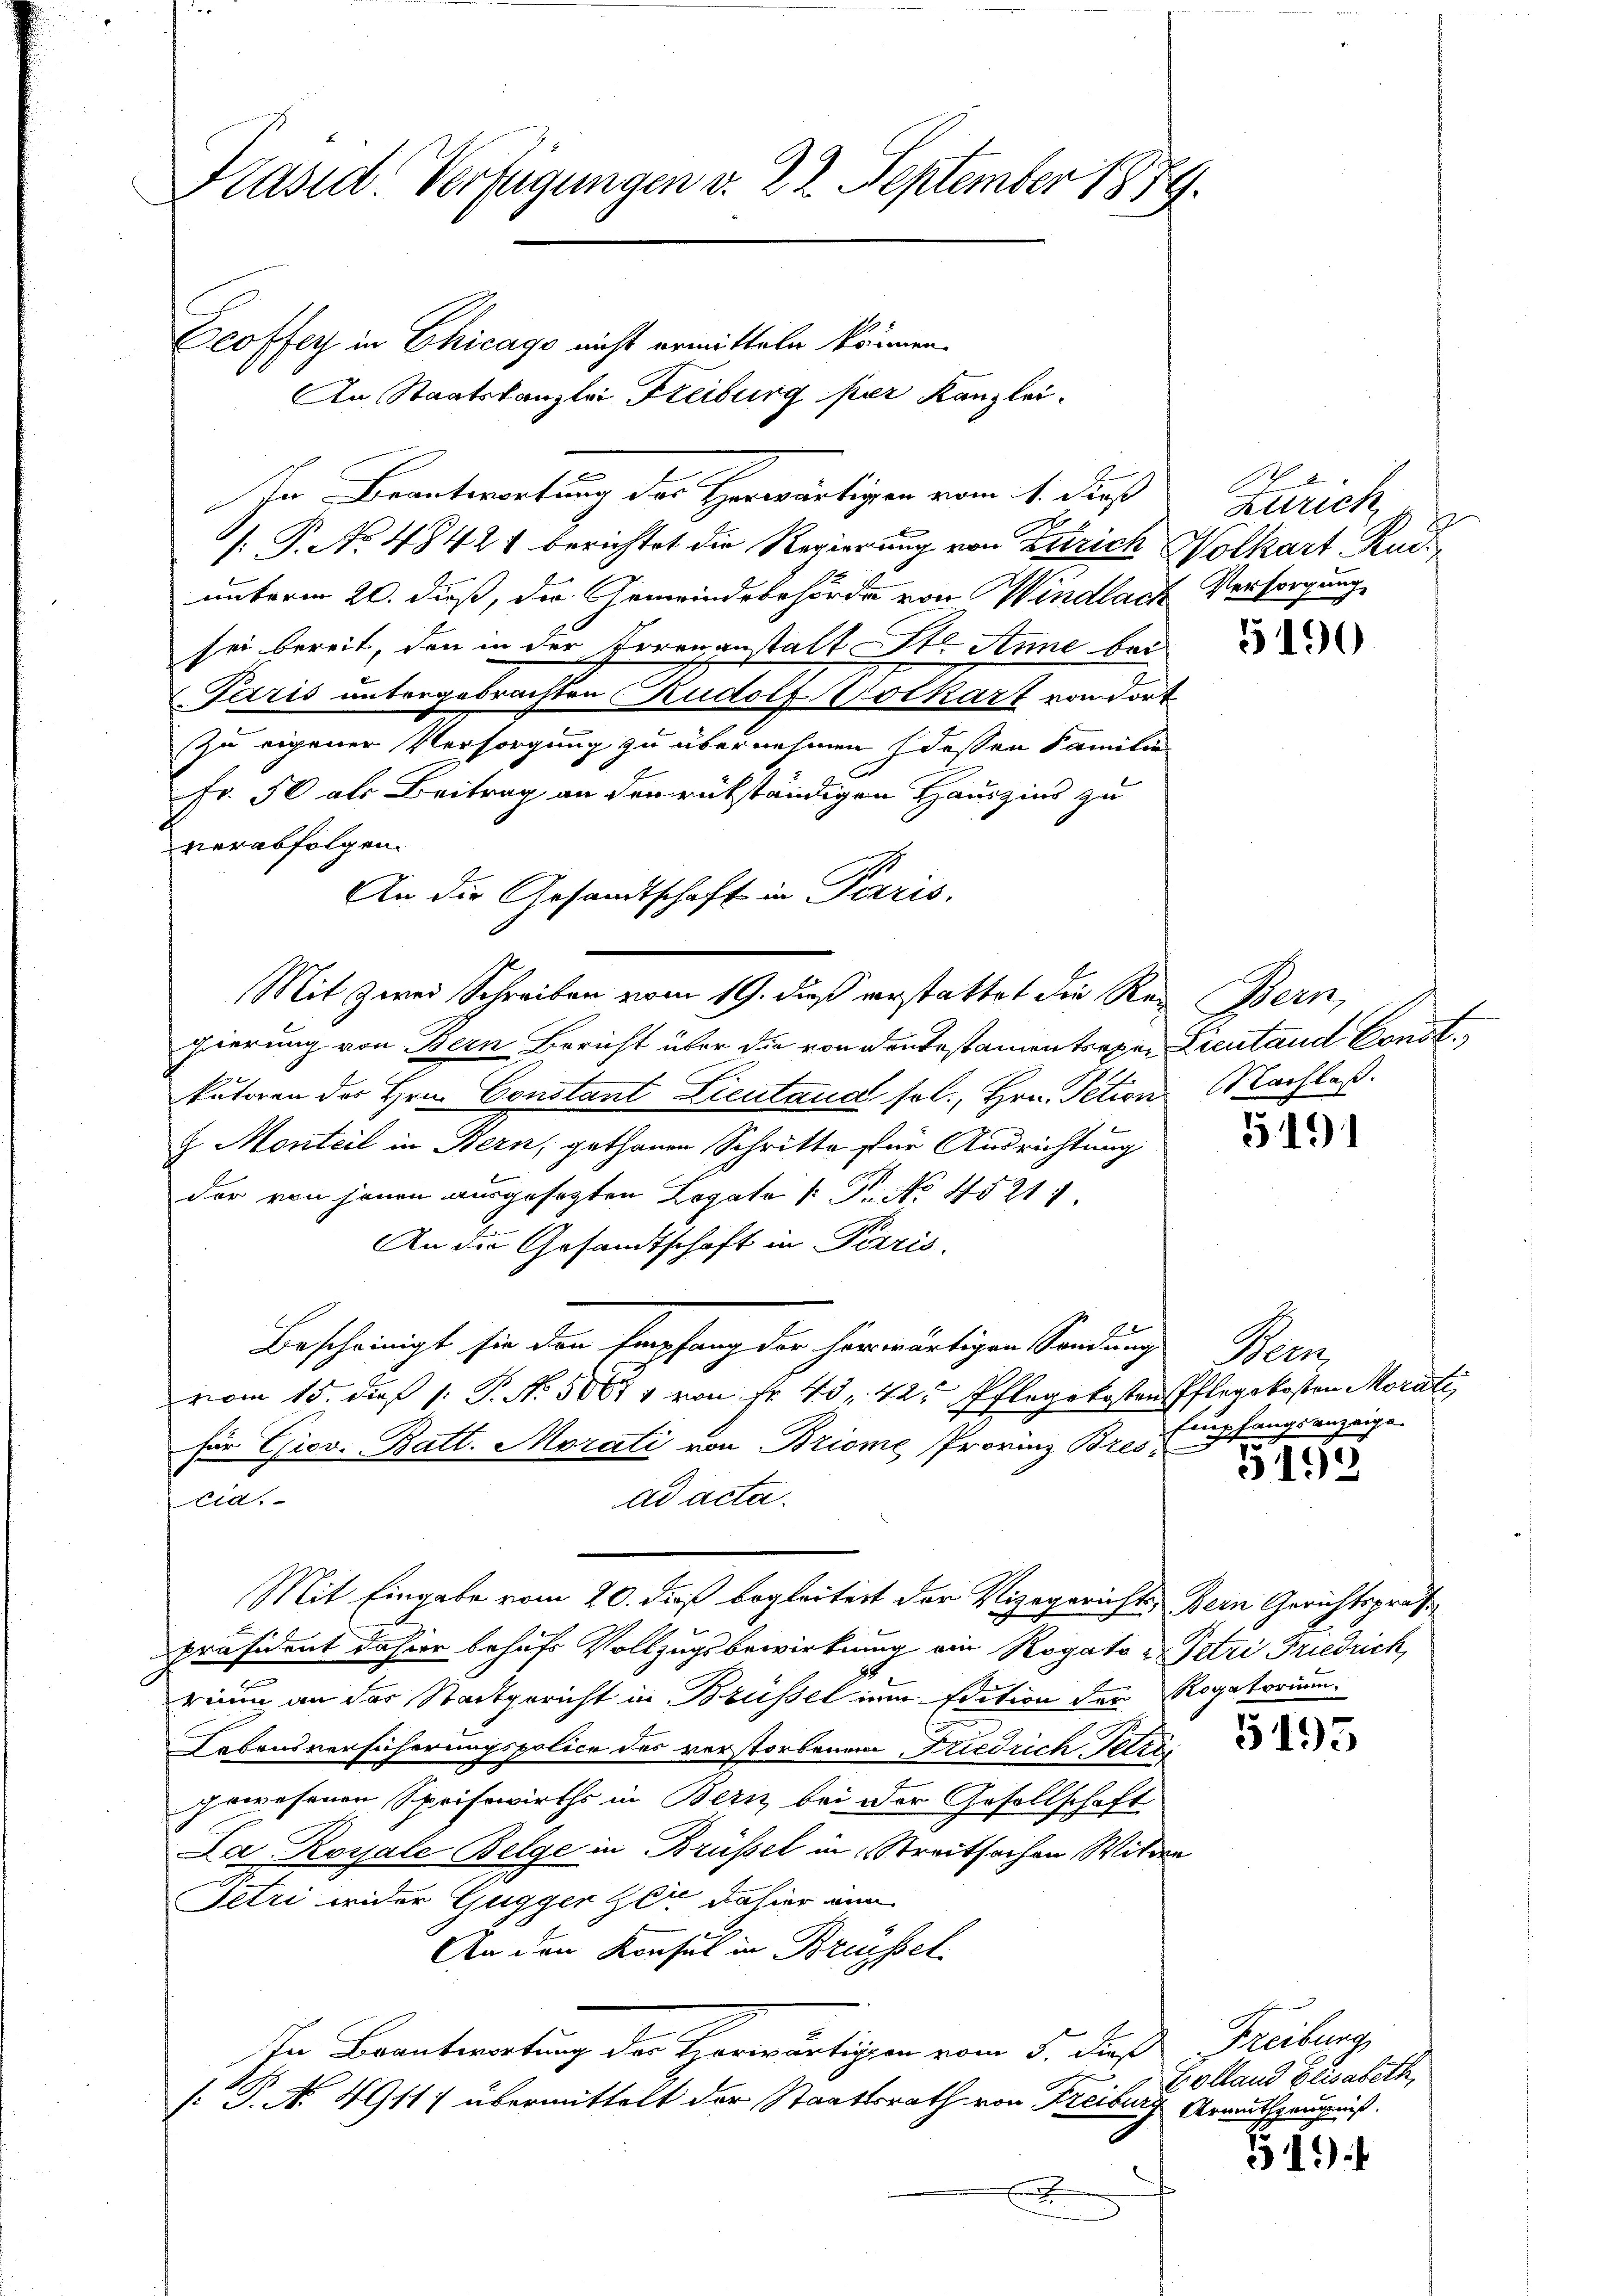
Präsid. Verfügungen v. 22. September 1879.

Ecoffer in Chicago nicht ermitteln können.
In Beantwortung des Herwärtigen vom 1. dieß
[P. No 48421 berichtet die Regierung von Zürich Wolkart, Rud
unterm 20. dieß, die Gemeindebehörde von Windlach Versorgung
sei bereit, den in der Torenanstalt St. Anne bei
Paris untergebrachten Rudolf Kolkart von dort
Zu eigener Versorgung zu übernehmen dessen Familie
Fr. 50 als Beitrag an der rükständigen Hauszins zu
verabfolgen.
gierung von Bern Bericht über die von den testamentragen Lieutand Const.
kutoren der Hrn. Constant Licitand, sol., Hrn. Petion Nachlass
z. Monteil in Bern, gethanen Schritte für Ausrichtung
der von jenen ausgesagten Legate (: P. No. 45211
An die Gesandtschaft in Paris.
Bescheinigt sie den Empfang der herwärtigen Sandung Bern
vom 15. dieß 1: P. Nr. 5064 von Nr. 45, 425 Pflegekosten Pflegekosten Morati
für Giov. Batt. Morati von Briome Provinz Br. 5 Empfangsanzeige.
Eid.
ad acta.
Mit Eingabe vom 20. dieß begleitert der Vizegerichts-Bern Gerichtspräs
x
präsident dahier behufs Vollzugsbewirkung ein Rogato - Petri Friedrich,
rium an der Stadtgericht in Brüssel in Edition der Rogatorium
Lebensversicherungspolice des verstorbenen Friedrich Tetzigewesenen Speisewirths in Bern bei der Gesellschaft
La Rossale Belge in Brüssel in Streitsachen Witwe
Petri wider Gugger Zeit dahier ein
An den Konsul in Brüssel
In Beantwortung der Herwärtigen vom 5. daß Freiburg,
[P. No. 4911) übermittelt der Staatsrath von Freiburg Armuthzeugniß.
s

An die Gesandtschaft in Paris.

An Staatskanzlei Freiburg per Kanzlei.

Mit zwei Schreiben vom 19. dieß verstattet die Rei Bern,

Zürich,

5190

5191

5193

5195

Colland Elisabeth,

31):